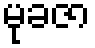
မုခဇာ